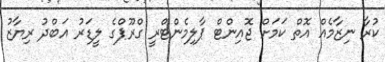
ކުރާ ނިޒާމެއް އޮތް ކަމަށް ޖޮއިންޓް ޕާލިމެންޓްރީ ގްރޫޕްގެ ލީޑަރު އަބްދު ރިޔާޒު